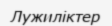
Лужиліктер